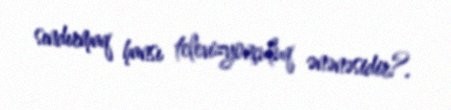
sındırmaq hansı televizyonçuluq ənənəsidir?.